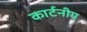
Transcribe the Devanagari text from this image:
कार्टनीम